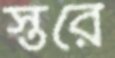
স্তরে